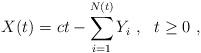
LaTeX: \begin{align*} X(t)=ct-\sum_{i=1}^{N(t)}Y_i~,~~t\geq 0~,\end{align*}